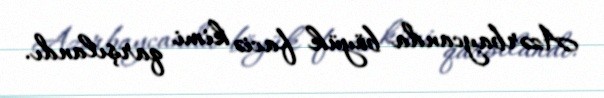
Azərbaycanda böyük faciə kimi qarşılandı.